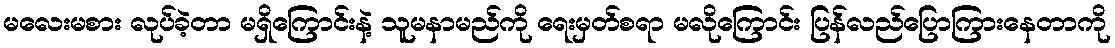
မလေးမစား လုပ်ခဲ့တာ မရှိကြောင်းနဲ့ သူမနာမည်ကို ရေးမှတ်စရာ မလိုကြောင်း ပြန်လည်ပြောကြားနေတာကို